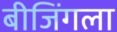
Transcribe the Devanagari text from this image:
बीजिंगला